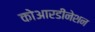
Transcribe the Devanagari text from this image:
कोआरडीनेशन